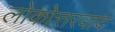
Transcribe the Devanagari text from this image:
लोकोत्तरवाद